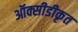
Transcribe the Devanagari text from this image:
ऑक्सीडीकृत